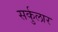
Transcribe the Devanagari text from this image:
सर्कुलार